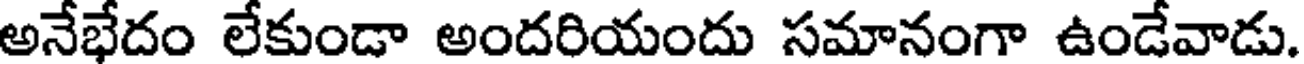
అనేభేదం లేకుండా అందరియందు సమానంగా ఉండేవాడు.